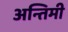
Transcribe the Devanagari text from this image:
अन्तिमी